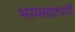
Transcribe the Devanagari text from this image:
भरमसाटपणे